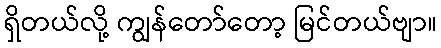
ရှိတယ်လို့ ကျွန်တော်တော့ မြင်တယ်ဗျာ။